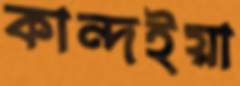
কান্দইয়া